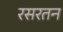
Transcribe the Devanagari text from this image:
रसरतन